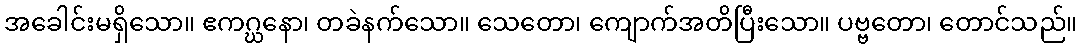
အခေါင်းမရှိသော။ ဧကဂ္ဃနော၊ တခဲနက်သော။ သေတော၊ ကျောက်အတိပြီးသော။ ပဗ္ဗတော၊ တောင်သည်။